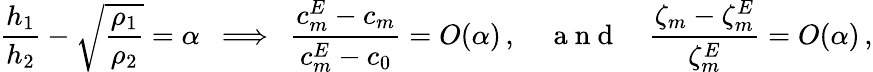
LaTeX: {\frac{h_{1}}{h_{2}}}-\sqrt{\frac{\rho_{1}}{\rho_{2}}}=\alpha\, \, \, \Longrightarrow\, \, \, {\frac{c_{m}^{E}-c_{m}}{c_{m}^{E}-c_{0}}}=O(\alpha)\, ,\quad\mathrm{~a~n~d~}\quad{\frac{\zeta_{m}-\zeta_{m}^{E}}{\zeta_{m}^{E}}}=O(\alpha)\, ,